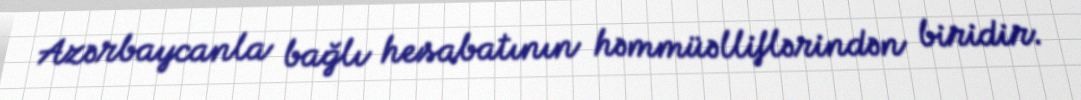
Azərbaycanla bağlı hesabatının həmmüəlliflərindən biridir.